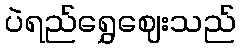
ပဲရည်ရွှေဈေးသည်